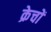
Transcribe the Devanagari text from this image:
क्रेचों